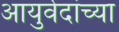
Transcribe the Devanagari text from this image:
आयुर्वेदांच्या